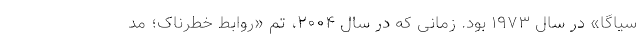
سیاگا» در سال ۱۹۷۳ بود. زمانی که در سال ۲۰۰۴، تم «روابط خطرناک؛ مد